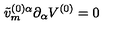
\tilde { v } _ { m } ^ { ( 0 ) \alpha } \partial _ { \alpha } V ^ { ( 0 ) } = 0